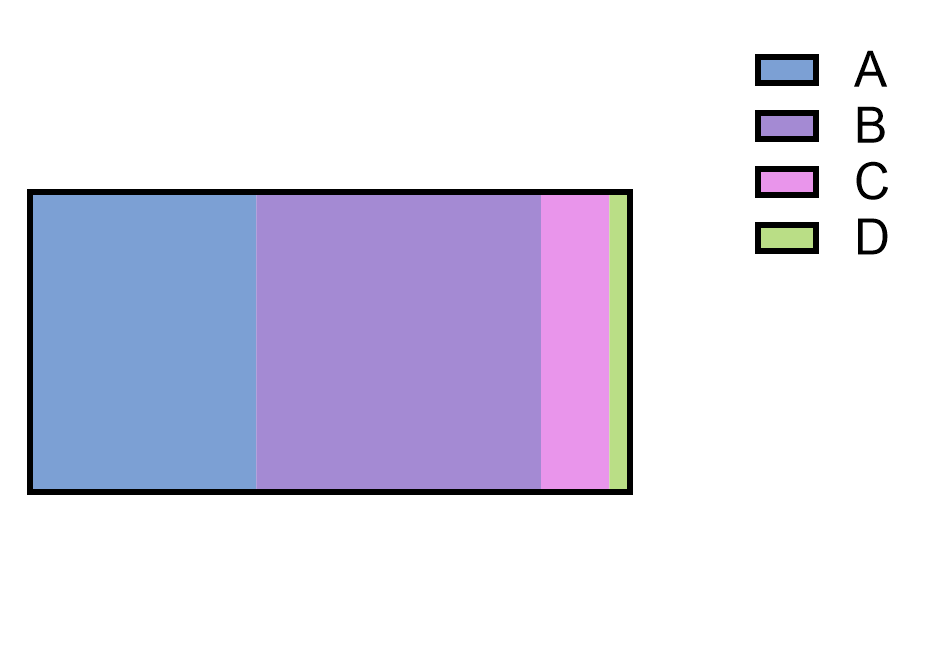
graphpad,parts of whole, horizontal slice